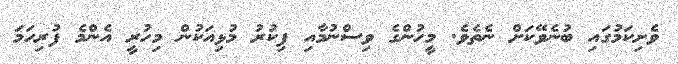
ވެށިކަމުގައި ބުނެވޭކަށް ނެތެވެ. މީހުންގެ ވިސްނުމާއި ފިކުރު މުޅިއަކުން މިހުރީ އެންމެ ފުރިހަމަ